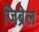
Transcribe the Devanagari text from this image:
जिब्रेल